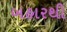
બહારથી